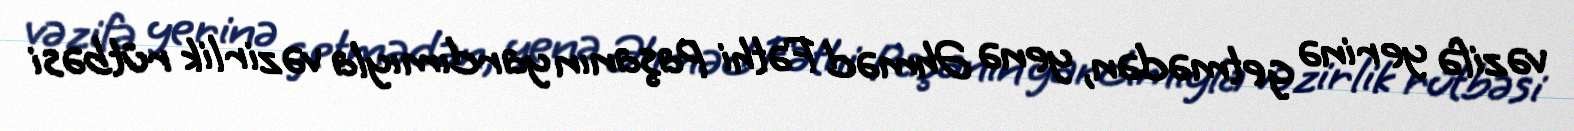
vəzifə yerinə getmədən, yenə Əhməd Fəthi Paşanın yardımıyla vəzirlik rütbəsi